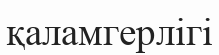
қаламгерлігі